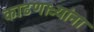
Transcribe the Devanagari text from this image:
काढणाऱ्यांना